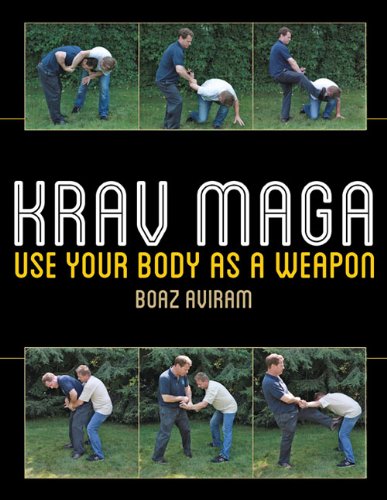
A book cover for Krav Maga: Use Your Body as a Weapon; Boaz Aviram; Reference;